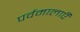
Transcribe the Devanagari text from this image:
पर्वमालाएँ